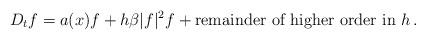
LaTeX: \begin{align*}D_t f = a(x) f + h \beta |f|^2f + \mbox{remainder of higher order in }h \,.\end{align*}